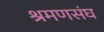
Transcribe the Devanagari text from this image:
श्रमणसंघ